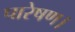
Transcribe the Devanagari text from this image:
पारेषण।